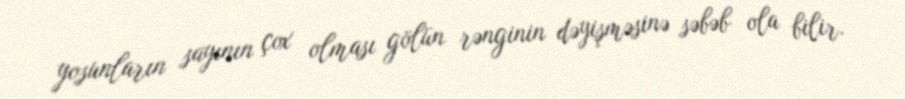
yosunların sayının çox olması gölün rənginin dəyişməsinə səbəb ola bilir.